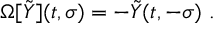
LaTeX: \Omega [ \tilde { Y } ] ( t , \sigma ) = - \tilde { Y } ( t , - \sigma ) \ .